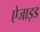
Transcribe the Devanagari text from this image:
ऐजाइड